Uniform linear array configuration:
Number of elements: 16
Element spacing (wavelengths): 1
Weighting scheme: hamming
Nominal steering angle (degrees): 45
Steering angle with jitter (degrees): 45.158
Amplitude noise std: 0.05
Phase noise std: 0.05

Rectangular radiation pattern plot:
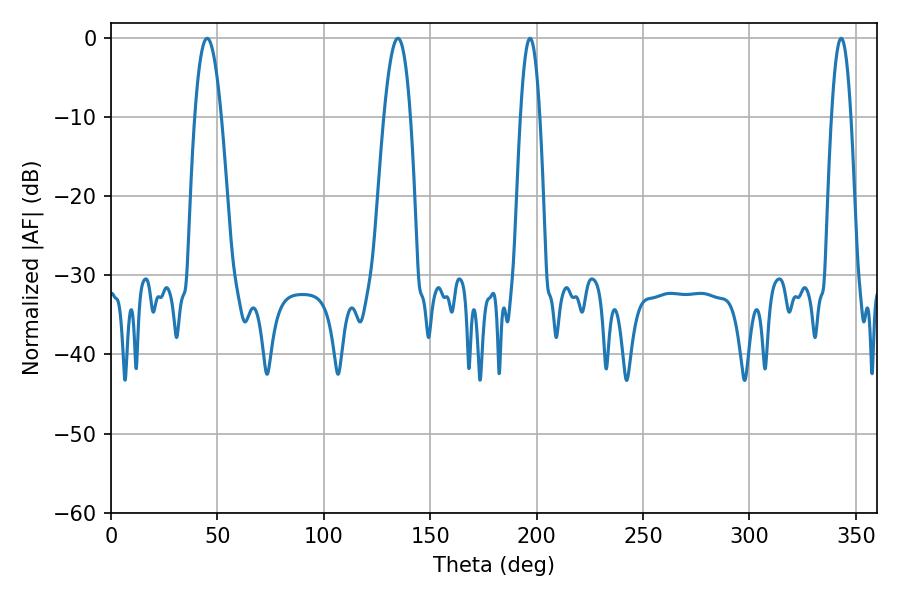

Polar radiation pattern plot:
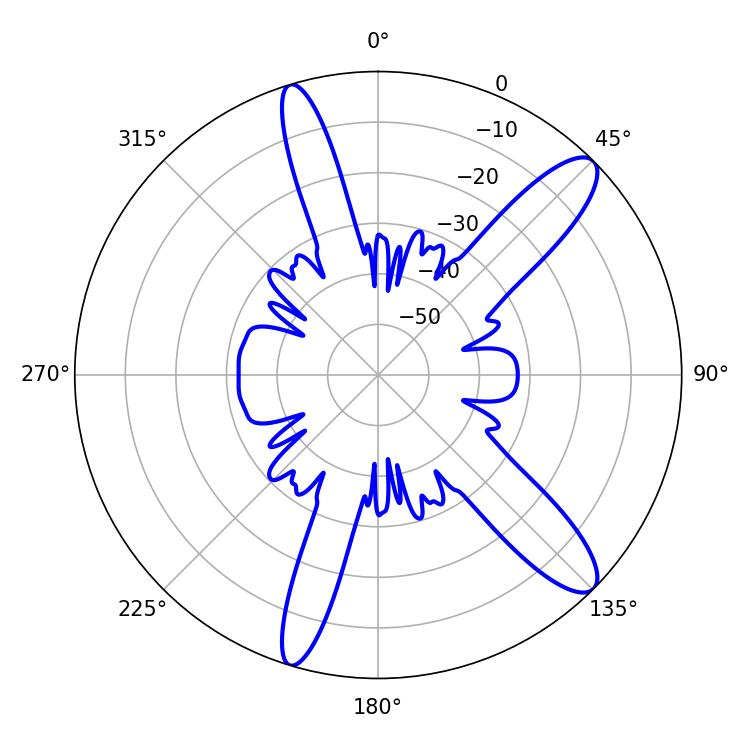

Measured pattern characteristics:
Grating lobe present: TRUE
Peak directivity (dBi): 11.919
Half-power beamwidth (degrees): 6.84
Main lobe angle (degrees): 45.18